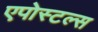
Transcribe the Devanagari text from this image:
एपोस्टल्स